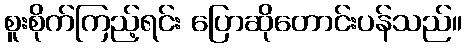
စူးစိုက်ကြည့်ရင်း ပြောဆိုတောင်းပန်သည်။